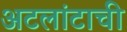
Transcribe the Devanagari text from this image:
अटलांटाची